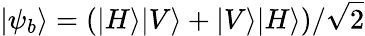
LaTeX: |\psi_{b}\rangle=(|H\rangle|V\rangle+|V\rangle|H\rangle)/\sqrt{2}